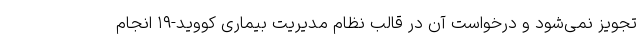
تجویز نمی‌شود و درخواست آن در قالب نظام مدیریت بیماری کووید-۱۹ انجام